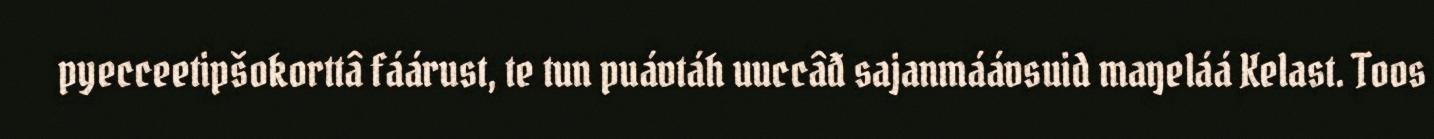
pyecceetipšokorttâ fáárust, te tun puávtáh uuccâđ sajanmáávsuid maŋeláá Kelast. Toos